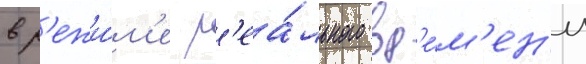
в р'ежи́м'е р'еа́льного вр'е́м'ен'и